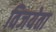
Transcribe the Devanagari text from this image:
विजयेता